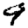
Digit: 9